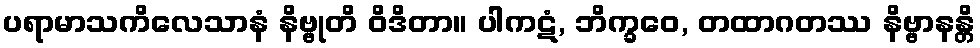
ပရာမာသကိလေသာနံ နိဗ္ဗုတိ ဝိဒိတာ။ ပါကဋံ, ဘိက္ခဝေ, တထာဂတဿ နိဗ္ဗာနန္တိ